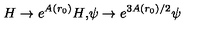
H \rightarrow e ^ { A ( r _ { 0 } ) } H \mathrm { , } \psi \rightarrow e ^ { 3 A ( r _ { 0 } ) / 2 } \psi